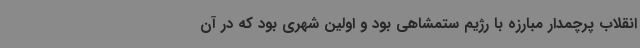
انقلاب پرچمدار مبارزه با رژیم ستمشاهی بود و اولین شهری بود که در آن